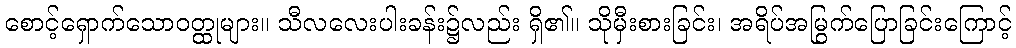
စောင့်ရှောက်သောဝတ္ထုများ။ သီလလေးပါးခန်း၌လည်း ရှိ၏။ သိုမှီးစားခြင်း၊ အရိပ်အမြွက်ပြောခြင်းကြောင့်